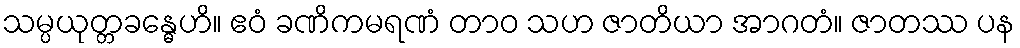
သမ္ပယုတ္တခန္ဓေဟိ။ ဧဝံ ခဏိကမရဏံ တာဝ သဟ ဇာတိယာ အာဂတံ။ ဇာတဿ ပန